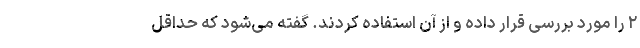
۲ را مورد بررسی قرار داده و از آن استفاده کردند. گفته می‌شود که حداقل